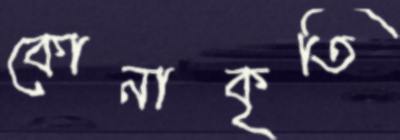
কোনাকৃতি